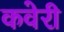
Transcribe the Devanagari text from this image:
कवेरी